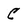
Character: C